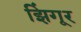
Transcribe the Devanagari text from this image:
झिंगूर